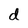
Character: d